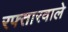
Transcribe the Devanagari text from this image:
रफ्तारवाले